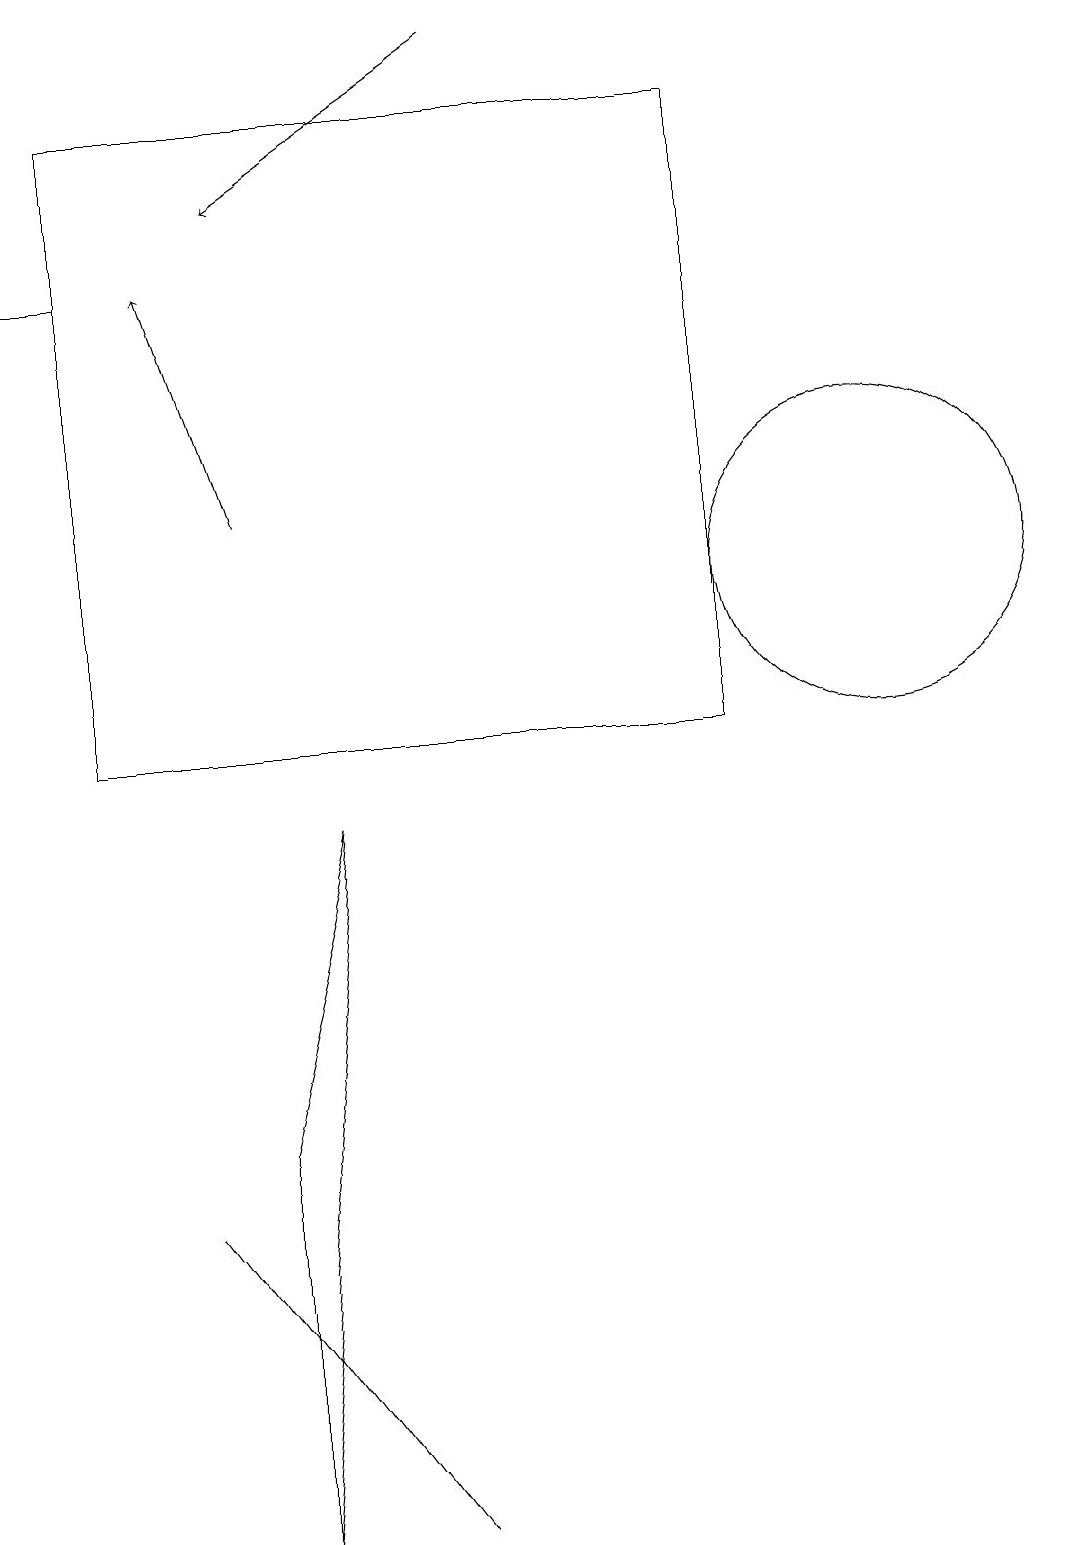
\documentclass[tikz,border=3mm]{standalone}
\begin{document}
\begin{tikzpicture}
\draw (1,10) rectangle (9,18);
\draw[->] (1,16) -- (0,16);
\draw (5,0) -- (2,4) -- (2,4) -- cycle;
\draw (11,12) circle (2);
\draw[->] (6,19) -- (3,17);
\draw[->] (3,13) -- (2,16);
\draw[->] (0,19) -- (0,19);
\draw (3,5) -- (3,0) -- (4,9) -- cycle;
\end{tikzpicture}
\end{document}